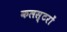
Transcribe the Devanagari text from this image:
कलस्टरों